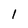
Character: l